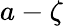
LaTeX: a-\zeta